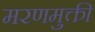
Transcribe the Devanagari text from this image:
मरणमुक्ती